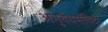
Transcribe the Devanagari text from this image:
अनुबंधसंविदा